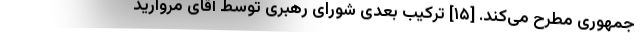
جمهوری مطرح می‌کند. [۱۵] ترکیب بعدی شورای رهبری توسط آقای مروارید